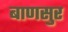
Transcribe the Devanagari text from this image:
बाणसुर